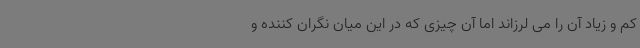
کم و زیاد آن را می لرزاند اما آن چیزی که در این میان نگران کننده و